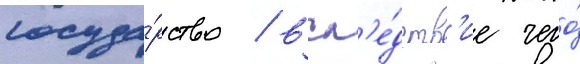
госуда́рство / всл'е́дств'ие чего́